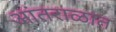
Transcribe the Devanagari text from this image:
आंतराळात